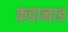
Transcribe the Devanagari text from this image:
कडानाड